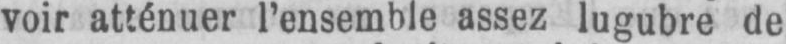
voir atténuer l’ensemble assez lugubre de